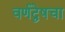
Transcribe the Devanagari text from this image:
वर्णद्वेषचा